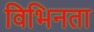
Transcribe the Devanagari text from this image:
विभिनता